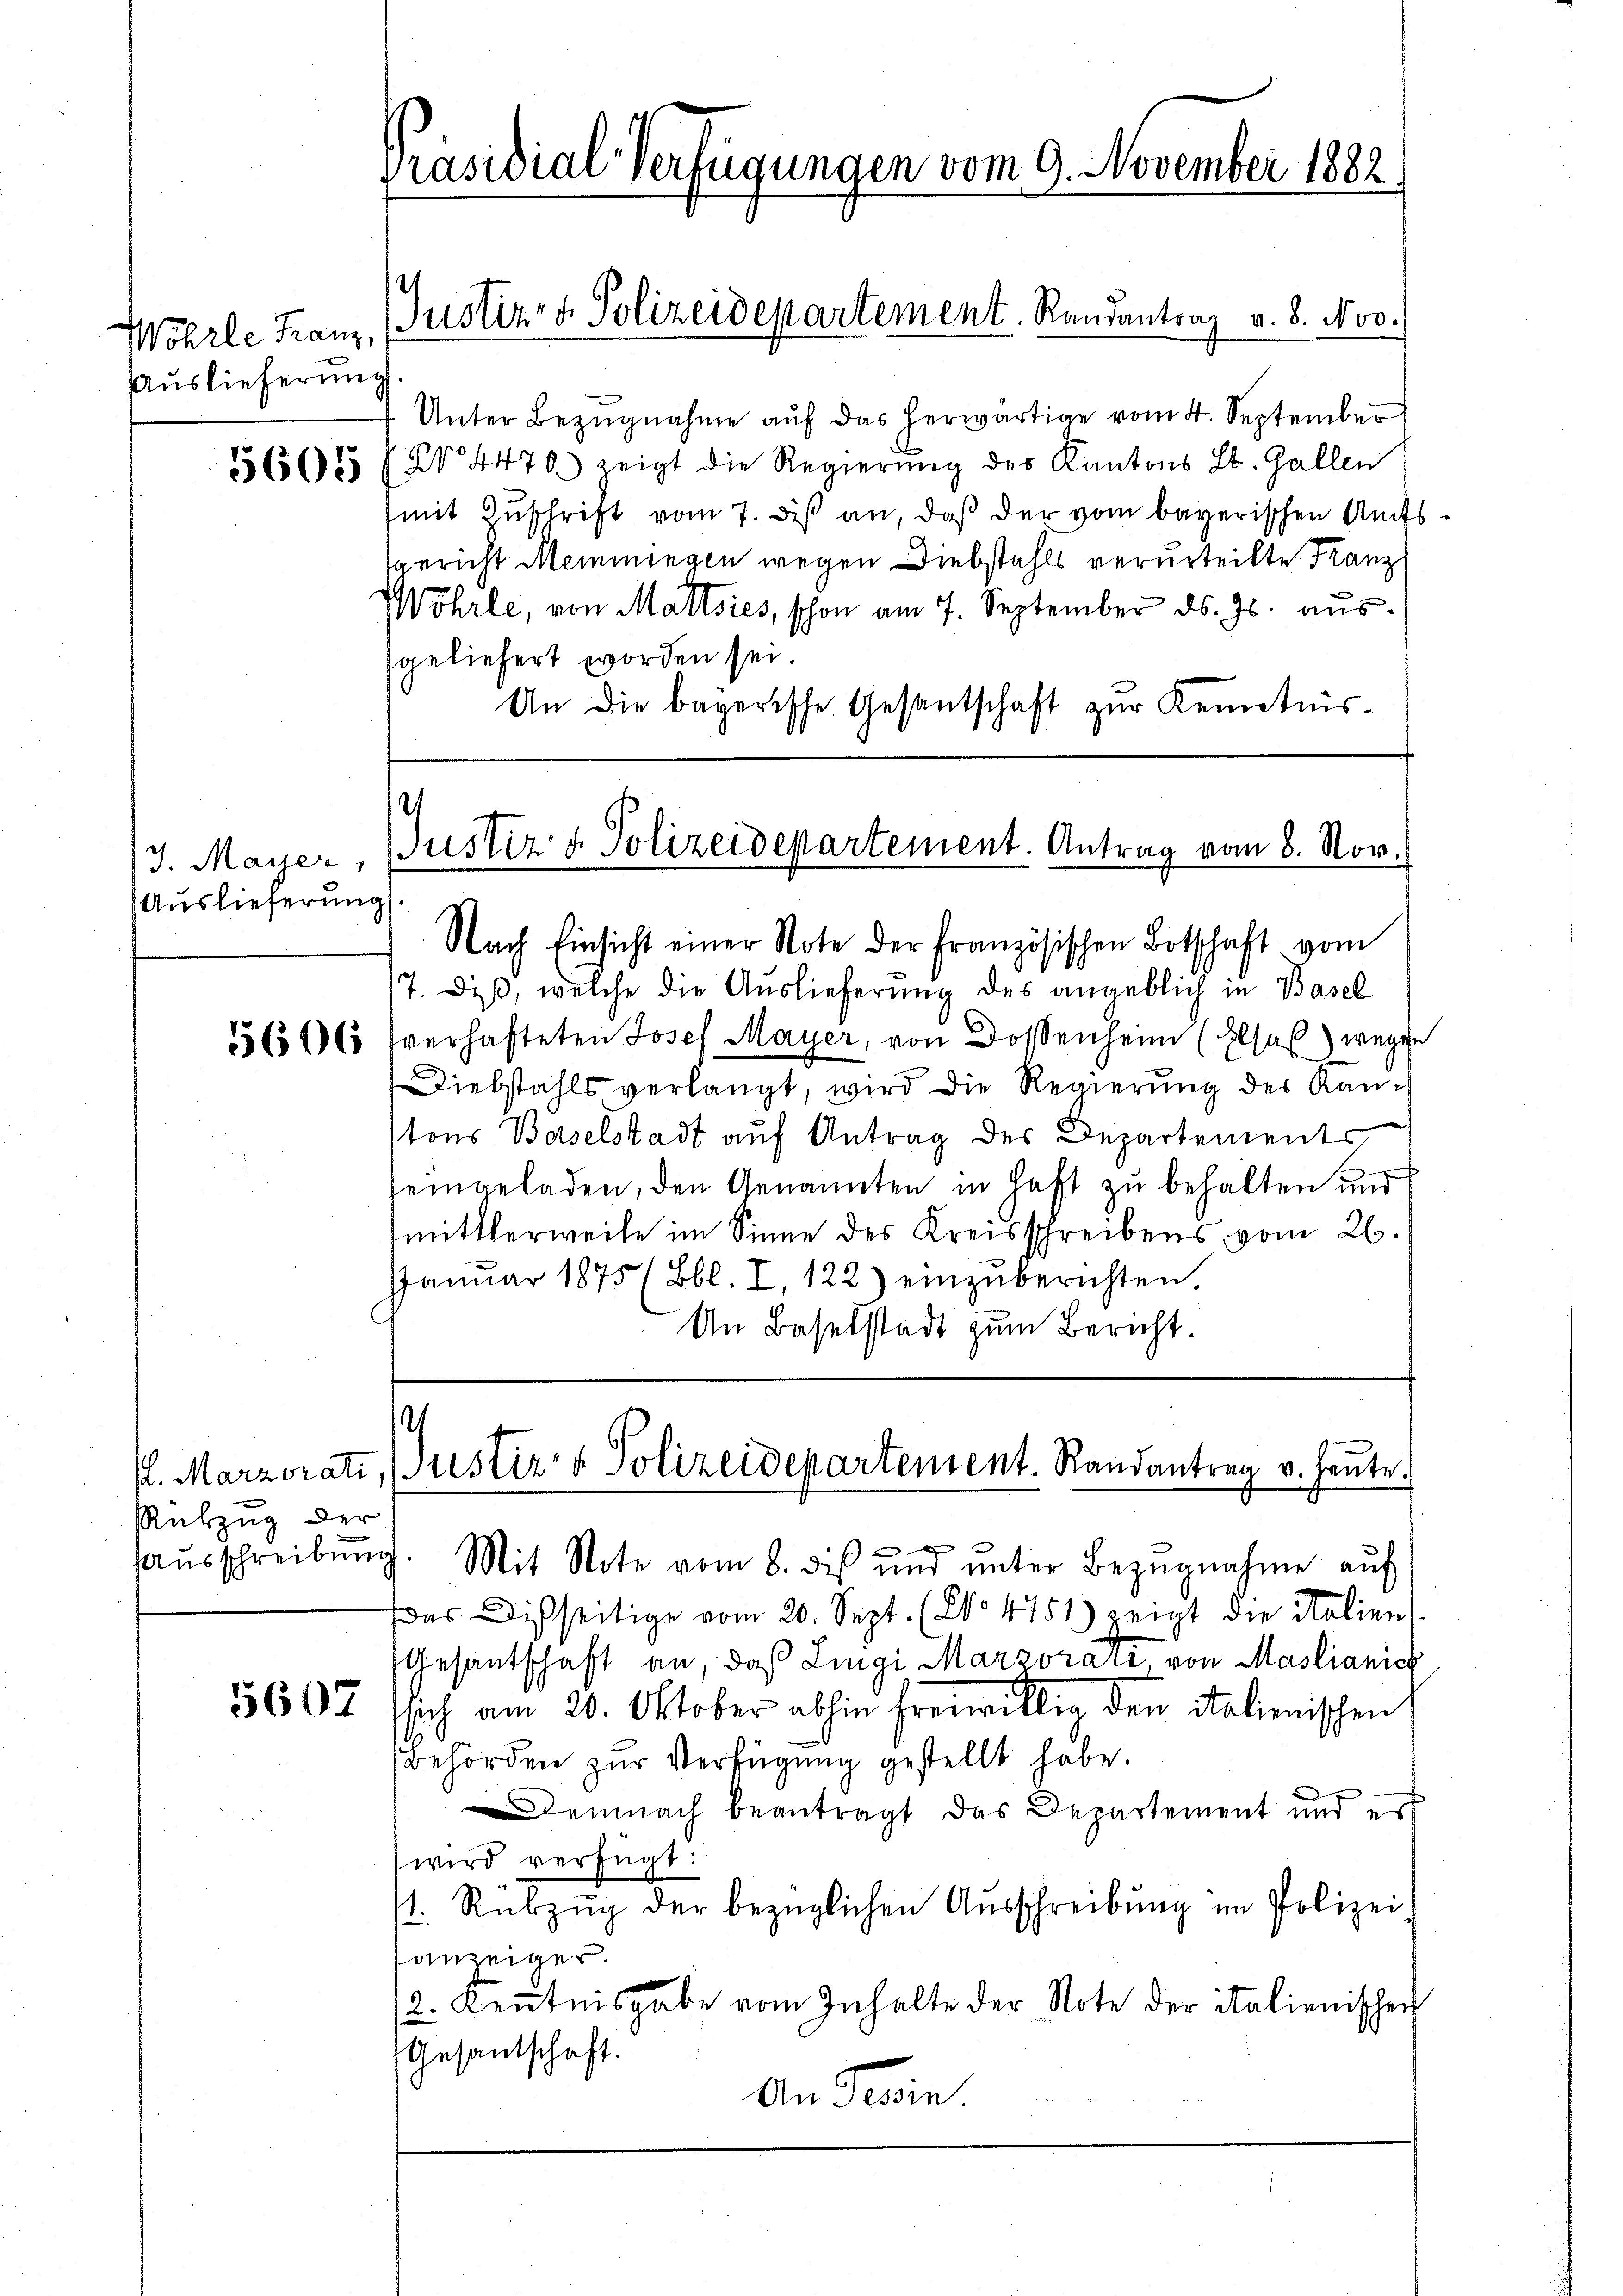
Wohrle Franz,
Auslieferung
5605

J. Mayer,
Auslieferung

l. Marzorati
Rükzug der

5607

Präsidial-Verfügungen vom 9. November 1882

Unter Bezŭgnahme aŭf das herwärtige vom 4. September
No 4470) zeigt die Regierung des Kantons St. Gallen
(mit Zuschrift vom 7. diß an, daß der vom bayerischen Aufssgericht Memmingen wegen Diebstahls verurteilte Franz¬
Wohrle, von Maltsies, schon am 7. September ds. Js. ausgeliefert worden sei.
An die bayerische Gesantschaft zŭr Kenntnis-

Justiz- & Polizeidepartement. Randantrag v. 8. Nov.

Justiz & Polizeidepartement. Antrag vom 8. Nov.

Nach Einsicht einer Note der Französischen Botschaft vom
17. Diß, welche die Auslieferung des angeblich in Basel
5616 fverhafteten Josef Mayer, von Dosenheim (Elsas) wegen
Diebstahls verlangt, wird die Regierung des Kantons Baselstadt auf Antrag des Departements
seingeladen, den Genannten in haft zu behalten und
mittlerweile im Sinne des Kreisschreibens vom 26.
JJanŭar 1875 (Bbl. I, 122) einzŭberichten.
An Baselstadt zum Bericht.

¬
Justiz- & Polizeidepartement. Randantrag v. Heute.

x
aŭsschreibŭng. Mit Note vom 8. des ŭnd ŭnter Bezŭgnahme aŭf
das Disseitige vom 20. Sept. (2. 4751) zeigt die Italiens
Gesantschaft an, daß Lingi Marzorati von Mastianich
sich am 20. Oktober abhin freiwillig den Salienischen
Behörden zŭr Verfügung gestellt habe.
Demnach beantragt das Departement und er
wird verfügt:
st. Rübzŭg der bezüglichen Ausschreibung im Polizei
anzeiger.
12. Keṅtnisgabe vom Inhalte der Note der italienischen
Gesantschaft.
An Ferien.